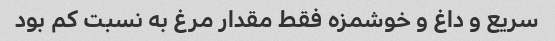
سریع و داغ و خوشمزه فقط مقدار مرغ به نسبت کم بود